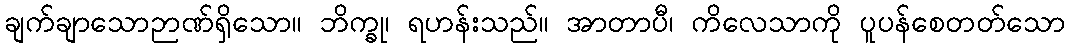
ချက်ချာသောဉာဏ်ရှိသော။ ဘိက္ခု၊ ရဟန်းသည်။ အာတာပီ၊ ကိလေသာကို ပူပန်စေတတ်သော